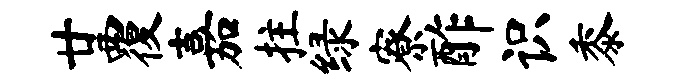
廿覆嘉拄绿寮酢识黍